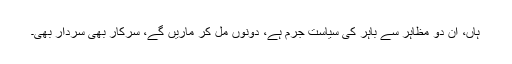
ہاں، اِن دو مظاہر سے باہر کی سیاست جرم ہے، دونوں مل کر ماریں گے، سرکار بھی سردار بھی۔